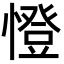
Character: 憕